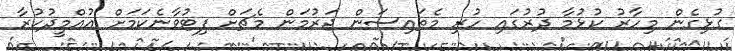
ގުޅިގެން މިހާރު ކުޅުމާ ދުރުގައި ހުރި މެތައިސަން ޖަރުމަން މެޗަށް ފިޓުވާނެކަމަށް އުއްމީދުކުރާ